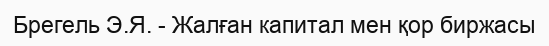
Брегель Э.Я. - Жалған капитал мен қор биржасы